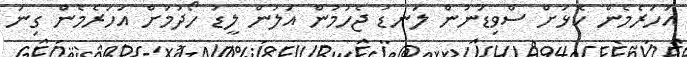
އަހަރެމެން ކޮޅަށް ސްވިޑަނުން ލަނޑު ޖެހުމުން އަލުން ލީޑު ހޯދުމަށް އަހަރެމެން ގިނަ